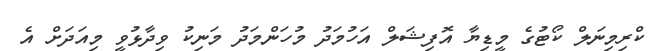
ކްރިމިނަލް ކޯޓުގެ މީޑިޔާ އޮފިޝަލް އަހުމަދު މުހަންމަދު މަނިކު ވިދާޅުވީ މިއަދަށް އެ